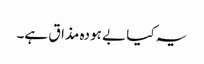
یہ کیا بے ہودہ مذاق ہے۔